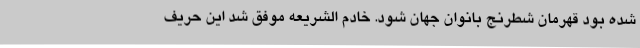
شده بود قهرمان شطرنج بانوان جهان شود. خادم الشریعه موفق شد این حریف